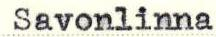
Savonlinna